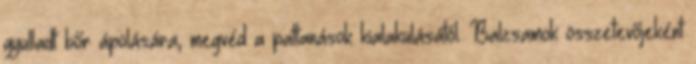
gyulladt bőr ápolására, megvéd a pattanások kialakulásától. Balzsamok összetevőjeként